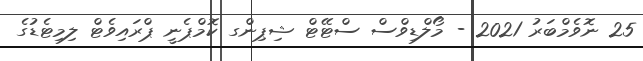
25 ނޮވެމްބަރު 2021 - މޯލްޑިވްސް ސްޓޭޓް ޝިޕިންގ ކޮމްޕެނީ ޕްރައިވެޓް ލިމިޓެޑުގެ